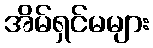
အိမ်ရှင်မများ